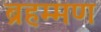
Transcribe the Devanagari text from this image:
ब्रहम्मण